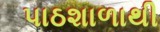
પાઠશાળાથી